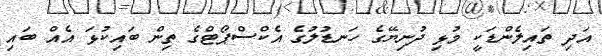
އަދި ތައިލެންޑަކީ މުޅި ދުނިޔޭގެ ހަނޑުލުގެ އެކްސްޕޯޓްގެ ތިން ބައިކުޅަ އެއް ބައި